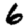
Digit: 6